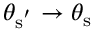
\theta _ { \mathrm { { s } ^ { ' } } } \to \theta _ { \mathrm { { s } } }